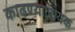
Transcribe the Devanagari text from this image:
काढण्यालायक